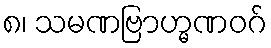
၈၊ သမဏဗြာဟ္မဏဝဂ်